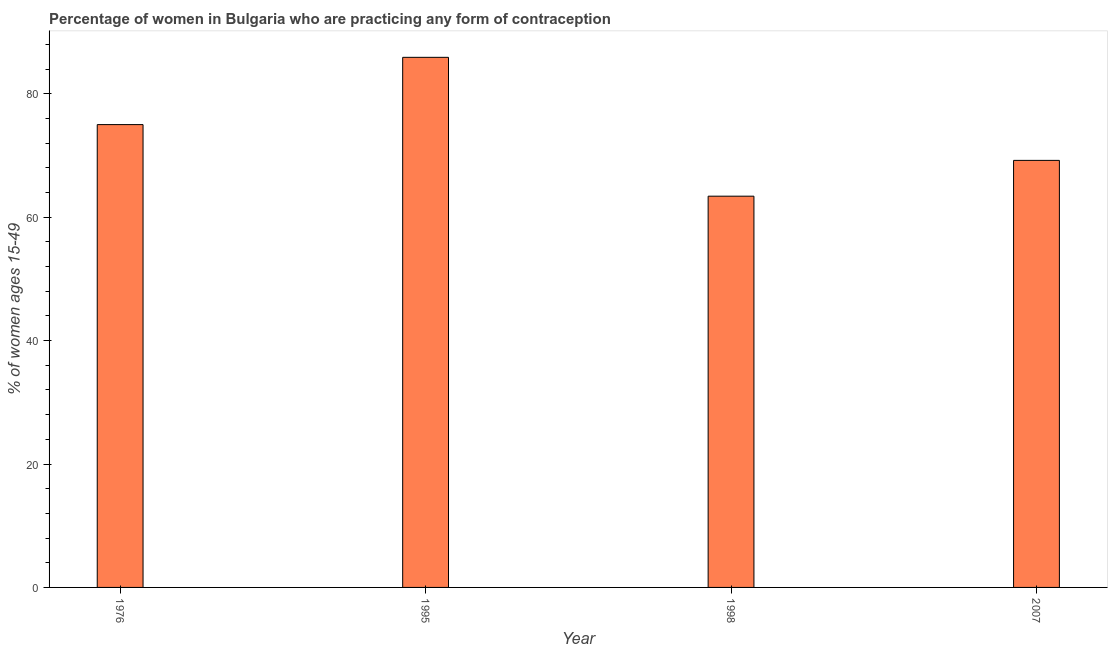
| Year | Contraceptive prevalence |
 | --- | --- |
 | 1976 | 75 |
 | 1995 | 85.9 |
 | 1998 | 63.4 |
 | 2007 | 69.2 |